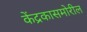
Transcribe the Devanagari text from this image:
केंद्रकासमोरील